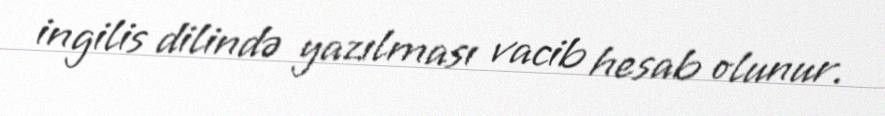
ingilis dilində yazılması vacib hesab olunur.